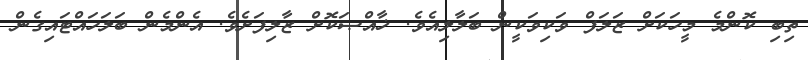
ތިބި ކޮންމެ މީހަކަށް ޒަލަފް ވަކިވަކީން ބަލާލިއެވެ. ޚާއްޞަކޮށް ޒާލިފަށެވެ. އެންމެން ބަލަހައްޓައިގެން